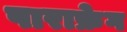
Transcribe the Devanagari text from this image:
पाराफ्रेग